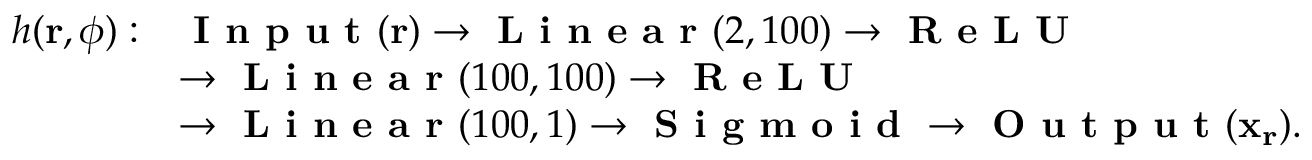
\begin{array} { r l } { h ( \mathbf { r } , \phi ) : } & { \textbf { I n p u t } ( \mathbf { r } ) \to \textbf { L i n e a r } ( 2 , 1 0 0 ) \to \textbf { R e L U } } \\ & { \to \textbf { L i n e a r } ( 1 0 0 , 1 0 0 ) \to \textbf { R e L U } } \\ & { \to \textbf { L i n e a r } ( 1 0 0 , 1 ) \to \textbf { S i g m o i d } \to \textbf { O u t p u t } ( \mathbf { x } _ { \mathbf { r } } ) . } \end{array}